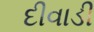
દીવાડી